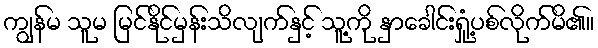
ကျွန်မ သူမ မြင်နိုင်မှန်းသိလျက်နှင့် သူ့ကို နှာခေါင်းရှုံ့ပစ်လိုက်မိ၏။